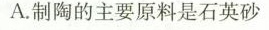
A.制陶的主要原料是石英砂